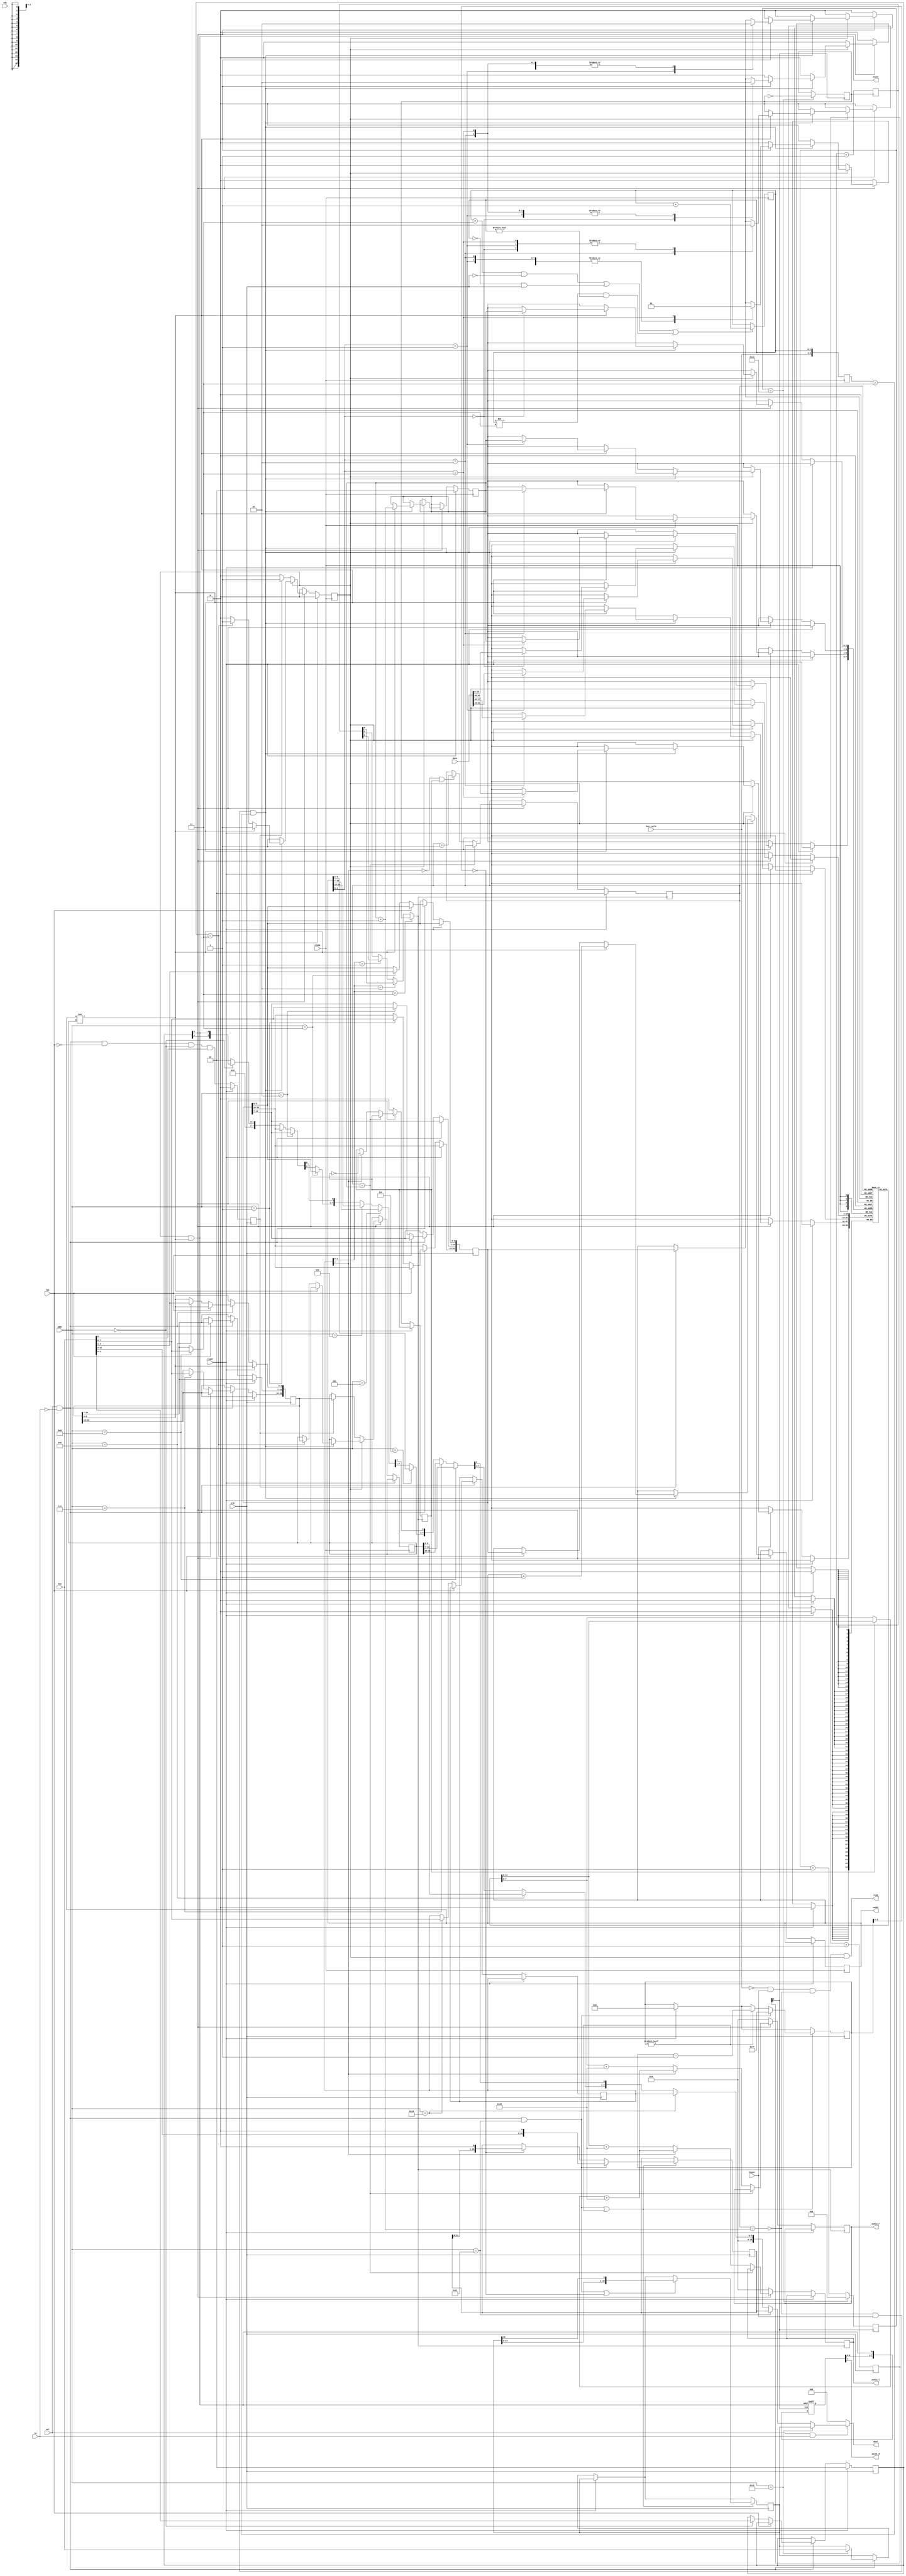
module ste_dma_snd (
	// system interface
	input             clk,
	input             reset,
  
	// cpu register interface
	input [15:0]      din,
	input             sel,
	input [4:0]       addr,
	input             uds,
	input             lds,
	input             rw,
	output reg [15:0] dout,

	// memory interface
	input 				clk32,     // 31.875 MHz
	input [1:0] 		bus_cycle, // bus-cycle
	input					hsync,     // to synchronize with video
	output            read,
	output [22:0]     saddr,
	input [63:0]      data,
	
	// audio	
	output reg [7:0]  audio_l,
	output reg [7:0]  audio_r,
	
	output            xsint,
	output 				xsint_d
);
// ---------------------------------------------------------------------------
// --------------------------- internal state counter ------------------------
// ---------------------------------------------------------------------------

reg [1:0] t;
always @(posedge clk32) begin
	// 32Mhz counter synchronous to 8 Mhz clock
	// force counter to pass state 0 exactly after the rising edge of clk (8Mhz)
	if(((t == 2'd3)  && ( clk == 0)) ||
		((t == 2'd0) && ( clk == 1)) ||
		((t != 2'd3) && (t != 2'd0)))
			t <= t + 2'd1;
end

// create internal bus_cycle signal which is stable on the positive clock
// edge and extends the previous state by half a 32 Mhz clock cycle
reg [3:0] bus_cycle_L;
always @(negedge clk32)
	bus_cycle_L <= { bus_cycle, t };

assign saddr = snd_adr;   // drive data
assign read = (bus_cycle == 0) && hsync && !fifo_full && dma_enable;

// ---------------------------------------------------------------------------
// ------------------------------ clock generation ---------------------------
// ---------------------------------------------------------------------------

// dma sound internally works on a 2MHz clock
reg [1:0] sclk;
always @(posedge clk)
	sclk <= sclk + 2'd1;

wire clk_2 = sclk[1];  // 2Mhz

// generate audio sample rate base == 50kHz == 2Mhz/40
reg abase;
reg [4:0] acnt;

always @(posedge clk_2) begin
	if(acnt == 5'd19) begin	
		acnt <= 5'd0;
		abase <= ~abase;
	end else
		acnt <= acnt + 5'd1;
end	

// generate current audio clock
reg [2:0] aclk_cnt;
always @(posedge abase)
	aclk_cnt <= aclk_cnt + 3'd1;

wire aclk =  (mode[1:0] == 2'b11)?abase:        // 50 kHz
				((mode[1:0] == 2'b10)?aclk_cnt[0]:  // 25 kHz
				((mode[1:0] == 2'b01)?aclk_cnt[1]:  // 12.5 kHz
					aclk_cnt[2]));                   // 6.25 kHz

// ---------------------------------------------------------------------------
// ------------------------------- irq generation ----------------------------
// ---------------------------------------------------------------------------

// 74ls164
reg [7:0] xsint_delay;
always @(posedge clk_2 or negedge xsint) begin
	if(!xsint) xsint_delay <= 8'h00;            // async reset
	else       xsint_delay <= {xsint_delay[6:0], xsint};
end
 
assign xsint_d = xsint_delay[7];

// dma sound  
reg [1:0] ctrl;
reg [22:0] snd_bas, snd_adr, snd_end;
reg [22:0] snd_end_latched;
reg [7:0] mode;

// micro wire
reg [15:0] mw_data_reg, mw_mask_reg;

// ---------------------------------------------------------------------------
// ----------------------------- CPU register read ---------------------------
// ---------------------------------------------------------------------------

always @(sel, rw, addr, ctrl, snd_bas, snd_adr, snd_end, mode, mw_data_reg, mw_mask_reg) begin
	dout = 16'h0000;
	
	if(sel && rw) begin
		// control register
		if(addr == 5'h00) dout[1:0] = { ctrl[1], xsint }; 

		// frame start address
		if(addr == 5'h01) dout[7:0] = snd_bas[22:15]; 
		if(addr == 5'h02) dout[7:0] = snd_bas[14:7];
		if(addr == 5'h03) dout[7:1] = snd_bas[6:0];
	
		// frame address counter
		if(addr == 5'h04) dout[7:0] = snd_adr[22:15]; 
		if(addr == 5'h05) dout[7:0] = snd_adr[14:7];
		if(addr == 5'h06) dout[7:1] = snd_adr[6:0];

		// frame end address
		if(addr == 5'h07) dout[7:0] = snd_end_latched[22:15]; 
		if(addr == 5'h08) dout[7:0] = snd_end_latched[14:7];
		if(addr == 5'h09) dout[7:1] = snd_end_latched[6:0];

		// sound mode register
		if(addr == 5'h10) dout[7:0] = mode; 
		
		// mircowire
		if(addr == 5'h11) dout = mw_data_reg; 
		if(addr == 5'h12) dout = mw_mask_reg; 
		
	end
end

// ---------------------------------------------------------------------------
// ----------------------------- CPU register write --------------------------
// ---------------------------------------------------------------------------

reg [6:0] mw_cnt;   // micro wire shifter counter

// micro wire outputs
reg mw_clk;
reg mw_data;
reg mw_done;

reg dma_start;

always @(negedge clk) begin
	if(reset) begin
		ctrl <= 2'b00;         // default after reset: dma off
		mw_cnt <= 7'h00;        // no micro wire transfer in progress
		dma_start <= 1'b0;
	end else begin
		// writing bit 0 of the ctrl register to 1 starts the dma engine
		dma_start <= sel && !rw && !lds && (addr == 5'h00) && din[0];
	
		if(sel && !rw) begin	
			if(!lds) begin
				// control register
				if(addr == 5'h00) ctrl <= din[1:0];

				// frame start address
				if(addr == 5'h01) snd_bas[22:15] <= din[7:0]; 
				if(addr == 5'h02) snd_bas[14:7] <= din[7:0];
				if(addr == 5'h03) snd_bas[6:0] <= din[7:1];
	
				// frame address counter is read only

				// frame end address
				if(addr == 5'h07) snd_end[22:15] <= din[7:0]; 
				if(addr == 5'h08) snd_end[14:7] <= din[7:0];
				if(addr == 5'h09) snd_end[6:0] <= din[7:1];

				// sound mode register
				if(addr == 5'h10) mode <= din[7:0];
			end

			// micro wire has a 16 bit interface
			if(addr == 5'h12) mw_mask_reg <= din; 
		end
	end

	// ----------- micro wire interface -----------
	
	// writing the data register triggers the transfer
	if((sel && !rw && (addr == 5'h11)) || (mw_cnt != 0)) begin

		// decrease shift counter. Do this before the register write as
		// register write has priority and should reload the counter
		if(mw_cnt != 0) 
			mw_cnt <= mw_cnt - 7'd1;

		if(sel && !rw && (addr == 5'h11)) begin
			// first bit is evaluated imediately					
			mw_data_reg <= { din[14:0], 1'b0 }; 
			mw_data <= din[15];
			mw_cnt <= 7'h7f;
		end else if(mw_cnt[2:0] == 3'b000) begin
			// send/shift next bit every 8 clocks -> 1 MBit/s
			mw_data_reg <= { mw_data_reg[14:0], 1'b0 }; 
			mw_data <= mw_data_reg[15];
		end

		// rotate mask on first access and on every further 8 clocks 
		if((sel && !rw && (addr == 5'h11)) || (mw_cnt[2:0] == 3'b000)) begin
			mw_mask_reg <= { mw_mask_reg[14:0], mw_mask_reg[15]}; 
			// notify client of valid bits
			mw_clk <= mw_mask_reg[15];
		end

		// indicate end of transfer
		mw_done <= (mw_cnt == 7'h01);
	end	
end

// ---------------------------------------------------------------------------
// --------------------------------- audio fifo ------------------------------
// ---------------------------------------------------------------------------

localparam FIFO_ADDR_BITS = 2;    // four words
localparam FIFO_DEPTH = (1 << FIFO_ADDR_BITS);
reg [15:0] fifo [FIFO_DEPTH-1:0];
reg [FIFO_ADDR_BITS-1:0] writeP, readP;
wire fifo_empty = (readP == writeP);
wire fifo_full = (readP == (writeP + 2'd1));

reg [11:0] fifo_underflow;

// ---------------------------------------------------------------------------
// -------------------------------- audio engine -----------------------------
// ---------------------------------------------------------------------------

reg byte;   // byte-in-word toggle flag
wire [15:0] fifo_out = fifo[readP];
wire [7:0] mono_byte = (!byte)?fifo_out[7:0]:fifo_out[15:8];  // TODO: check byte order!!

// empty the fifo at the correct rate
always @(posedge aclk) begin
	if(reset) begin
		readP <= 2'd0;
		fifo_underflow <= 12'd0;
	end else begin
		// no audio playing: silence
		if(!ctrl[0]) begin
			audio_l <= 8'd0;
			audio_r <= 8'd0;
			byte <= 1'b0;
		end else begin
			// audio enabled and data in fifo? play it!
			if(!fifo_empty) begin
				if(!mode[7]) begin
					audio_l <= fifo_out[15:8] + 8'd128;   // high byte == left channel
					audio_r <= fifo_out[ 7:0] + 8'd128;   // low byte == right channel
				end else begin
					audio_l <= mono_byte + 8'd128;
					audio_r <= mono_byte + 8'd128;
					byte <= !byte;
				end
	
				// increase fifo read pointer everytime in stereo mode and every
				// second byte in mono mode
				if(!mode[7] || byte)
					readP <= readP + 2'd1;	
			end else
				// for debugging: monitor if fifo runs out of data
				fifo_underflow <= fifo_underflow + 12'd1;
		end 
	end
end

// ---------------------------------------------------------------------------
// ------------------------------- memory engine -----------------------------
// ---------------------------------------------------------------------------

// The memory engine is very similar to the one used by the video/shifter 
// implementation and access the ram while video doesn't need it (in the hsync)

reg dma_enable;  // flag indicating dma engine is active

// the "dma_enable" signal is permanently active while playing. The adress counter will
// reach snd_end, but this will not generate a bus transfer and thus xsint is
// released for that event
reg frame_done;
assign xsint = dma_enable && (snd_adr != snd_end_latched);

reg [7:0] frame_cnt;

always @(posedge clk32) begin
	if(reset) begin
		dma_enable <= 1'b0;
		writeP <= 2'd0;
		frame_cnt <= 8'h00;
	end else begin

		if(!ctrl[0]) begin
			dma_enable <= 1'b0;  // stop dma_enable
			frame_cnt <= 8'h00;
		end else begin
			// dma not enabled enabled, but should be playing? -> start dma
			if(!dma_enable) begin
				if(dma_start) begin
					// start
					dma_enable <= 1'b1;   // start dma
					snd_adr <= snd_bas;   // load audio start address
					snd_end_latched <= snd_end;
					frame_cnt <= frame_cnt + 8'h01;
				end
			end else begin

				// address will reach end address in next step. indicate end of frame
				frame_done <= (snd_adr == snd_end_latched-23'd1);
 
				// fifo not full? read something during hsync using the video cycle
				// bus_cycle_L = 3 is the end of the video cycle
				if((!fifo_full) && hsync && (bus_cycle_L == 3)) begin
						
 					if(snd_adr != snd_end_latched) begin
						// read right word from ram using the 64 bit memory interface
						case(snd_adr[1:0])
							2'd0: fifo[writeP] <= data[15: 0];
							2'd1: fifo[writeP] <= data[31:16];
							2'd2: fifo[writeP] <= data[47:32];
							2'd3: fifo[writeP] <= data[63:48];
						endcase
						
						writeP <= writeP + 2'd1;     // advance fifo ptr
						snd_adr <= snd_adr + 23'd1;  // advance address counter
					end else begin
						// check if we just loaded the last sample
						if(ctrl == 2'b11) begin	
							snd_adr <= snd_bas;   // load audio start address
							snd_end_latched <= snd_end;
							frame_cnt <= frame_cnt + 8'h01;
						end else 
							dma_enable <= 1'b0;          // else just stop dma
					end
				end
			end
		end
	end
end

endmodule